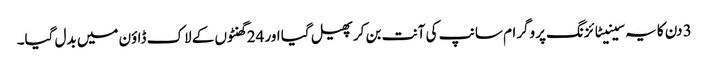
3 دن کا یہ سینیٹائزنگ پروگرام سانپ کی آنت بن کر پھیل گیا اور 24 گھنٹوں کے لاک ڈاؤن میں بدل گیا۔